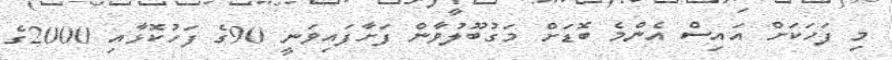
މި ފަހަކަށް އައިސް އެންމެ ބޮޑަށް މަގުބޫލުވާން ފަށާފައިވަނީ 90ގެ ފަހުކޮޅާއި 2000ގެ